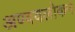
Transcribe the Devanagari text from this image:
अण्ववलोकन